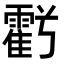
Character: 𮦱